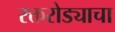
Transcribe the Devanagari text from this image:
रक्तरोड्याचा